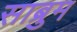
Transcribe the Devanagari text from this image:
साब्रुम